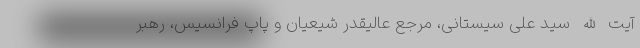
آیت الله سید علی سیستانی، مرجع عالیقدر شیعیان و پاپ فرانسیس، رهبر